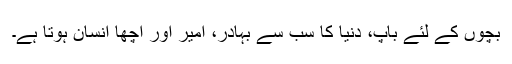
بچوں کے لئے باپ، دنیا کا سب سے بہادر، امیر اور اچھا انسان ہوتا ہے۔